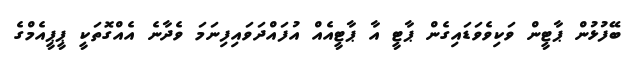
ބޭފުޅުން ޕާޓީން ވަކިވެވަޑައިގެން ޕާޓީ އާ ޕާޓީއެއް އުފައްދަވައިފިނަމަ ވެދާނެ އެއްގޮތަކީ ޕީޕީއެމްގެ